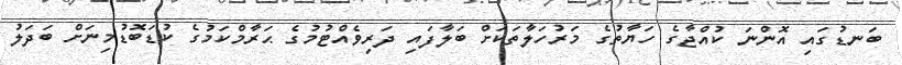
ބަނޑުގައި އޮންނަ ކުއްޖާގެ ހަޔާތުގެ މަރުހަލާތަކަށް ބަލާފައި ދަރިވެއްޓުމުގެ ޙަރާމްކަމުގެ ކުޑަބޮޑުމިނަށް ބަދަލު